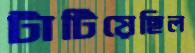
টাটিয়েছিল